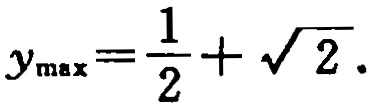
\(y_{\max}=\frac{1}{2}+\sqrt{2}.\)